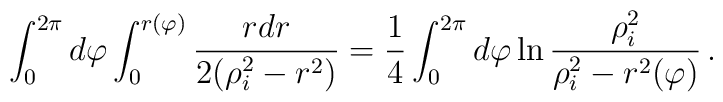
\int_0^{2\pi} d\varphi \int_0^{r(\varphi)} {r dr \over 2(\rho_i^2 - r^2)} ={1\over 4} \int_0^{2\pi} d\varphi \ln{\rho_i^2\over \rho_i^2 - r^2(\varphi)}\,.